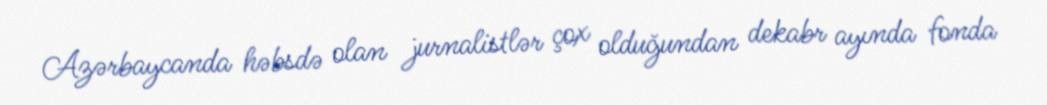
Azərbaycanda həbsdə olan jurnalistlər çox olduğundan dekabr ayında fonda